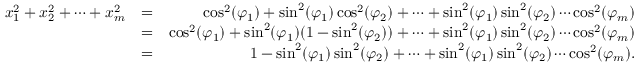
\begin{array} { r l r } { x _ { 1 } ^ { 2 } + x _ { 2 } ^ { 2 } + \cdots + x _ { m } ^ { 2 } } & { = } & { \cos ^ { 2 } ( \varphi _ { 1 } ) + \sin ^ { 2 } ( \varphi _ { 1 } ) \cos ^ { 2 } ( \varphi _ { 2 } ) + \cdots + \sin ^ { 2 } ( \varphi _ { 1 } ) \sin ^ { 2 } ( \varphi _ { 2 } ) \cdots \cos ^ { 2 } ( \varphi _ { m } ) } \\ & { = } & { \cos ^ { 2 } ( \varphi _ { 1 } ) + \sin ^ { 2 } ( \varphi _ { 1 } ) ( 1 - \sin ^ { 2 } ( \varphi _ { 2 } ) ) + \cdots + \sin ^ { 2 } ( \varphi _ { 1 } ) \sin ^ { 2 } ( \varphi _ { 2 } ) \cdots \cos ^ { 2 } ( \varphi _ { m } ) } \\ & { = } & { 1 - \sin ^ { 2 } ( \varphi _ { 1 } ) \sin ^ { 2 } ( \varphi _ { 2 } ) + \cdots + \sin ^ { 2 } ( \varphi _ { 1 } ) \sin ^ { 2 } ( \varphi _ { 2 } ) \cdots \cos ^ { 2 } ( \varphi _ { m } ) . } \end{array}